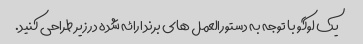
یک لوگو با توجه به دستورالعمل های برند ارائه شده در زیر طراحی کنید.